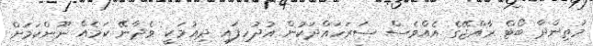
މަތިންދާ ބޯޓް ރާއްޖޭގެ އެއްވެސް ސަރަހައްދަކުން އުދުހިފައި ދިއުމަކީ ވެދާނޭ ކަމެއް ނޫންކަމަށް